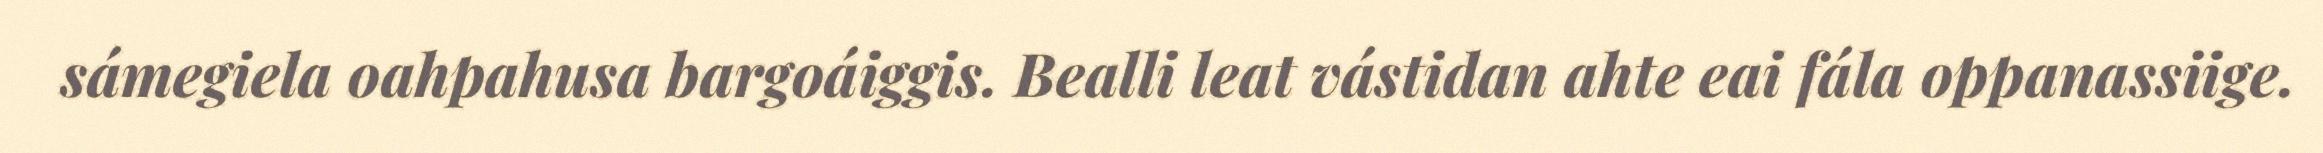
sámegiela oahpahusa bargoáiggis. Bealli leat vástidan ahte eai fála oppanassiige.